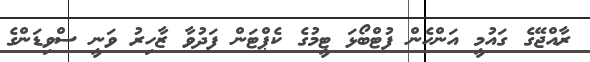
ރާއްޖޭގެ ގައުމީ އަންހެން ފުޓްބޯޅަ ޓީމުގެ ކެޕްޓަން ފަދުވާ ޒާހިރު ވަނީ ސްވިޑަންގެ